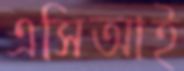
এসিআই